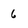
Character: 6